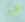
هو